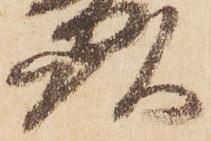
頭